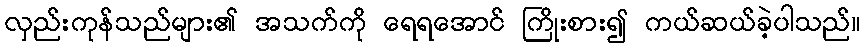
လှည်းကုန်သည်များ၏ အသက်ကို ရေရအောင် ကြိုးစား၍ ကယ်ဆယ်ခဲ့ပါသည်။